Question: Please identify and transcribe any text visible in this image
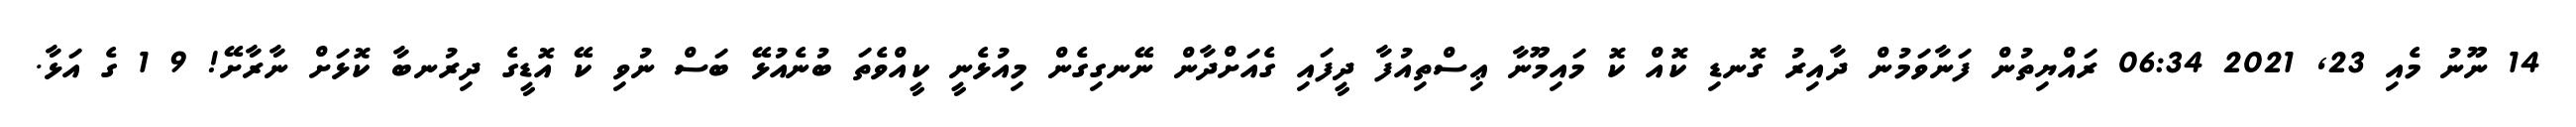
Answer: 14 ނޫނު މެއި 23, 2021 06:34 ރައްޔިތުން ފަނާވަމުން ދާއިރު ގޮނޑި ކޮއް ކޮ މައިމޫނާ ޢިސްތިއުފާ ދީފައި ގެއަށްދާން ނޭނގިގެން މިއުޅެނީ ކީއްވެތަ ބުނެއުޅޭ ބަސް ނުވި ކޭ އޮޑީގެ ދިރުނބާ ކޮޅަށް ނާރާށޭ! 9 1 ގެ އަޅާ.